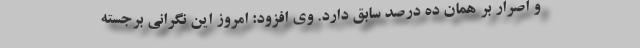
و اصرار بر همان ده درصدِ سابق دارد. وی افزود: امروز این نگرانی برجسته